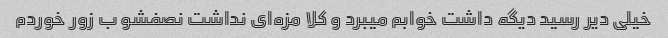
خیلی دیر رسید دیگه داشت خوابم میبرد و کلا مزه‌ای نداشت نصفشو ب زور خوردم